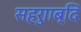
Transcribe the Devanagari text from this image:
सहरुााब्दि